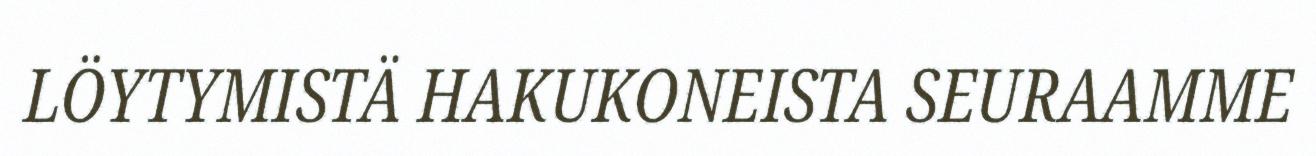
LÖYTYMISTÄ HAKUKONEISTA SEURAAMME